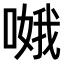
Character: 𠹷